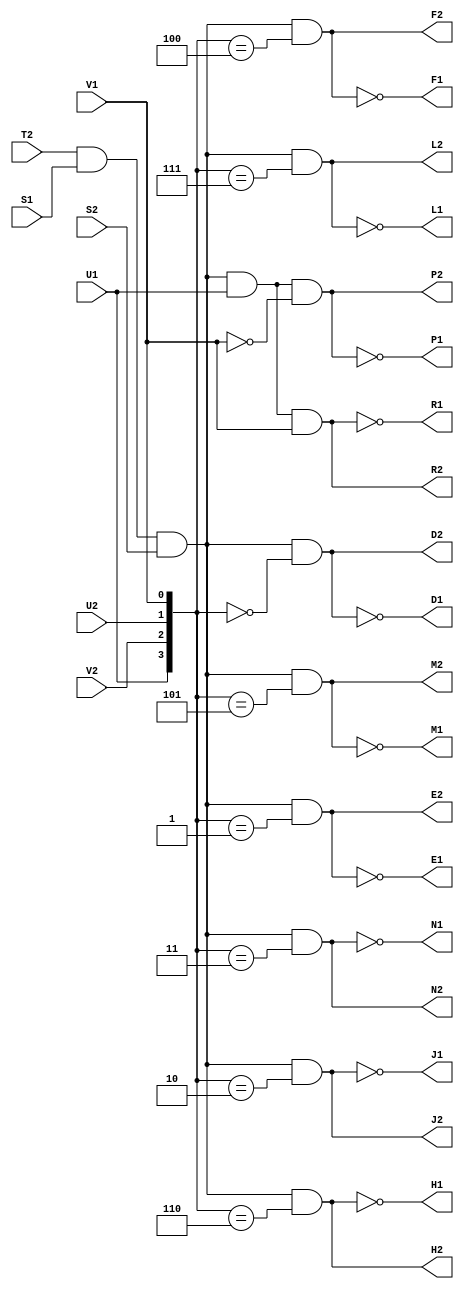
// M161 - Binary to Octal/Decimal Decoder
// Kyle Owen - 9 March 2021

module m161 (
	//output A1,
	//output B1,
	//output C1,
	output D1,
	output E1,
	output F1,
	output H1,
	output J1,
	//output K1,
	output L1,
	output M1,
	output N1,
	output P1,
	output R1,
	input S1,
	//inout T1,  // ground
	input U1,
	input V1,

	//inout A2,  // +5V
	//inout B2,  // -15V (not used)
	//inout C2,  // ground
	output D2,
	output E2,
	output F2,
	output H2,
	output J2,
	//output K2,
	output L2,
	output M2,
	output N2,
	output P2,
	output R2,
	input S2,
	input T2,
	input U2,
	input V2
	);

wire [3:0] val = {U1, V2, U2, V1};
wire en = T2 & S1 & S2;
wire out0 = en & (val == 4'h0);
wire out1 = en & (val == 4'h1);
wire out2 = en & (val == 4'h2);
wire out3 = en & (val == 4'h3);
wire out4 = en & (val == 4'h4);
wire out5 = en & (val == 4'h5);
wire out6 = en & (val == 4'h6);
wire out7 = en & (val == 4'h7);
wire out8 = en & U1 & !V1;
wire out9 = en & U1 & V1;

assign D2 = out0;
assign D1 = !out0;
assign E2 = out1;
assign E1 = !out1;
assign J2 = out2;
assign J1 = !out2;
assign N2 = out3;
assign N1 = !out3;
assign F2 = out4;
assign F1 = !out4;
assign M2 = out5;
assign M1 = !out5;
assign H2 = out6;
assign H1 = !out6;
assign L2 = out7;
assign L1 = !out7;
assign P2 = out8;
assign P1 = !out8;
assign R2 = out9;
assign R1 = !out9;

endmodule